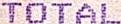
TOTAL